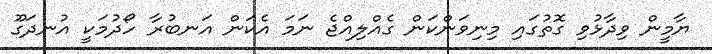
ޔާމީން ވިދާޅުވި ގޮތުގައި މިނިވަންކަން ގެއްލިއްޖެ ނަމަ އެކަން އަނބުރާ ހޯދުމަކީ އުނދަގޫ